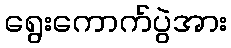
ရွေးကောက်ပွဲအား